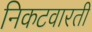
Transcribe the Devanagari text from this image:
निकटवारती